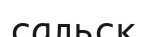
сальск